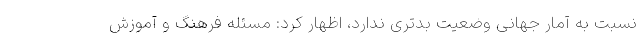
نسبت به آمار جهانی وضعیت بدتری ندارد، اظهار کرد: مسئله فرهنگ و آموزش